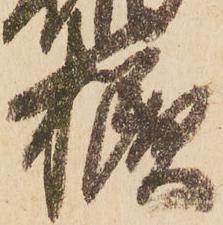
様